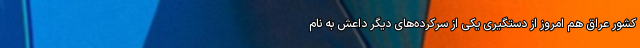
کشور عراق هم امروز از دستگیری یکی از سرکرده‌های دیگر داعش به نام